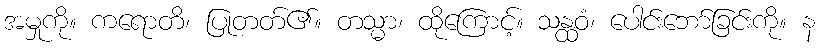
အမှုကို။ ကရောတိ၊ ပြုတတ်၏။ တသ္မာ၊ ထိုကြောင့်။ သန္ထဝံ၊ ပေါင်းဘော်ခြင်းကို။ န